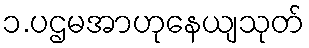
၁.ပဌမအာဟုနေယျသုတ်